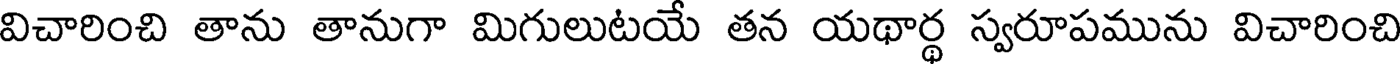
విచారించి తాను తానుగా మిగులుటయే తన యథార్థ స్వరూపమును విచారించి